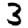
Digit: 3